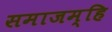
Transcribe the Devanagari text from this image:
समाजम्हि